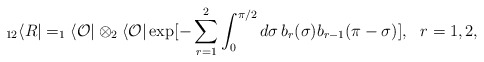
\begin{align*}_{12}\langle R|=_1\langle {\cal O}|\otimes _2\langle {\cal O}|\exp [-\sum^{2}_{r=1} \int^{\pi/2}_0d\sigma\,b_r(\sigma)b_{r-1}(\pi-\sigma)],~~r=1,2, \end{align*}